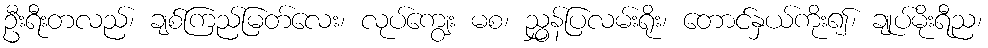
ဦးရီးတလည်၊ ချစ်ကြည်မြတ်လေး၊ လုပ်ကျွေး မစ၊ ညွှန်ပြလမ်းရိုး၊ တောင်နှယ်ကိုး၍၊ ချုပ်မိုးရီည၊